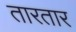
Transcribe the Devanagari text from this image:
तारतार